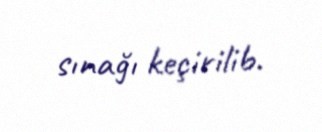
sınağı keçirilib.